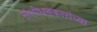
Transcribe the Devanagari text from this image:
संशोधनकारांच्या